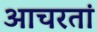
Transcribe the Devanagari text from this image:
आचरतां